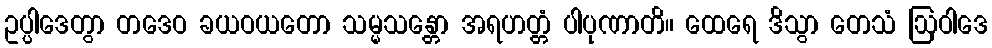
ဥပ္ပါဒေတွာ တဒေဝ ခယဝယတော သမ္မသန္တော အရဟတ္တံ ပါပုဏာတိ။ ထေရေ ဒိသွာ တေသံ ဩဝါဒေ